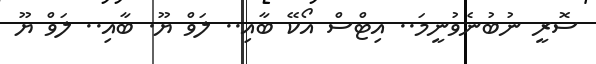
ސޮރީ ނުބުނެވުނީމަ.. އިޓްސް އޯކޭ ބާއި.. ލަވް ޔޫ. ބާއި.. ލަވް ޔޫ